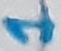
Text: 1